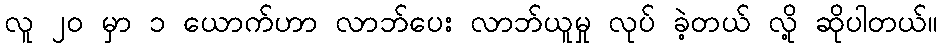
လူ ၂၀ မှာ ၁ ယောက်ဟာ လာဘ်ပေး လာဘ်ယူမှု လုပ် ခဲ့တယ် လို့ ဆိုပါတယ်။